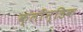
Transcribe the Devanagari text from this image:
क्लोंन्डिक